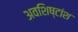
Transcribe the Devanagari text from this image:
अवशिष्टांश